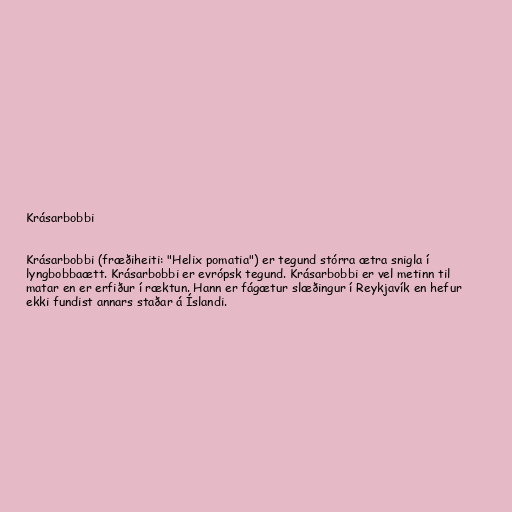
Krásarbobbi

Krásarbobbi (fræðiheiti: "Helix pomatia") er tegund stórra ætra snigla í
lyngbobbaætt. Krásarbobbi er evrópsk tegund. Krásarbobbi er vel metinn til
matar en er erfiður í ræktun. Hann er fágætur slæðingur í Reykjavík en hefur
ekki fundist annars staðar á Íslandi.